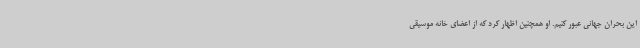
این بحران جهانی عبور کنیم. او همچنین اظهار کرد که از اعضای خانه موسیقی